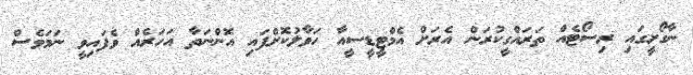
ނާގޯށީގައި ރިސޯޓެއް ތަރައްގީކުރަން އެރަށް އެމްޓީޑީސީއާ ހަވާލުކޮށްފައި އޮންނަތާ އަހަރެއް ވެފައިވީ ނަމަވެސް